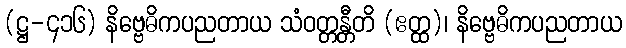
(ဋ္ဌ-၄၁၆) နိဗ္ဗေဓိကပညတာယ သံဝတ္တန္တီတိ (ဧတ္ထ)၊ နိဗ္ဗေဓိကပညတာယ